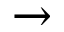
\rightarrow